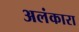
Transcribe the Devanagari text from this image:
अलंकारा